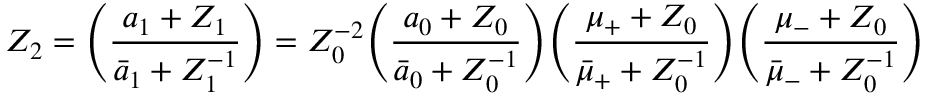
Z _ { 2 } = \Biggl ( \frac { a _ { 1 } + Z _ { 1 } } { { \bar { a } } _ { 1 } + Z _ { 1 } ^ { - 1 } } \Biggr ) = Z _ { 0 } ^ { - 2 } \Biggl ( \frac { a _ { 0 } + Z _ { 0 } } { { \bar { a } } _ { 0 } + Z _ { 0 } ^ { - 1 } } \Biggr ) \Biggl ( \frac { \mu _ { + } + Z _ { 0 } } { { \bar { \mu } } _ { + } + Z _ { 0 } ^ { - 1 } } \Biggr ) \Biggl ( \frac { \mu _ { - } + Z _ { 0 } } { { \bar { \mu } } _ { - } + Z _ { 0 } ^ { - 1 } } \Biggr )